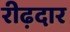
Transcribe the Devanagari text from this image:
रीढ़दार